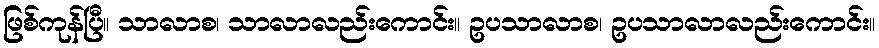
ဖြစ်ကုန်ပြီ။ သာလာစ၊ သာလာလည်းကောင်း။ ဥပသာလာစ၊ ဥပသာလာလည်းကောင်း။